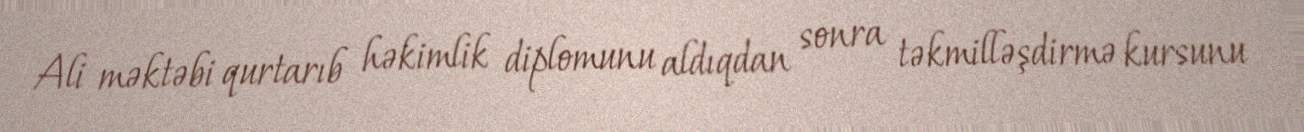
Ali məktəbi qurtarıb həkimlik diplomunu aldıqdan sonra təkmilləşdirmə kursunu